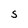
Character: S